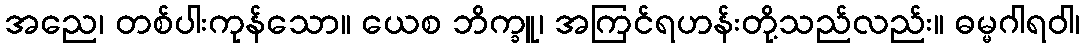
အညေ၊ တစ်ပါးကုန်သော။ ယေစ ဘိက္ခူ၊ အကြင်ရဟန်းတို့သည်လည်း။ ဓမ္မဂါရဝါ၊